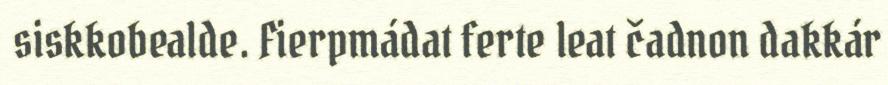
siskkobealde. Fierpmádat ferte leat čadnon dakkár